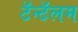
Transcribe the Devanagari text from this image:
टॅन्टॅलम